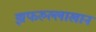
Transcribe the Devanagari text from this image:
झफरुल्लाखान